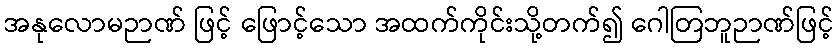
အနုလောမဉာဏ် ဖြင့် ဖြောင့်သော အထက်ကိုင်းသို့တက်၍ ဂေါတြဘူဉာဏ်ဖြင့်